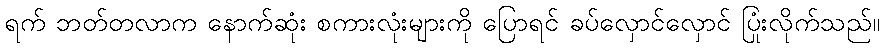
ရက် ဘတ်တလာက နောက်ဆုံး စကားလုံးများကို ပြောရင် ခပ်လှောင်လှောင် ပြုံးလိုက်သည်။